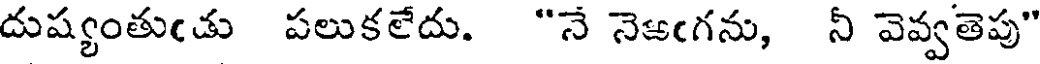
దుష్యంతుఁడు పలుకలేదు. "నే నెఱఁగను, నీ వెవ్వతెపు"